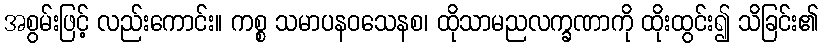
အစွမ်းဖြင့် လည်းကောင်း။ ကစ္စ သမာပနဝသေနစ၊ ထိုသာမညလက္ခဏာကို ထိုးထွင်း၍ သိခြင်း၏